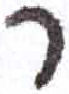
אות: ר